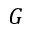
G